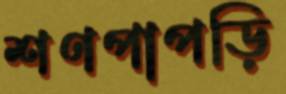
শণপাপড়ি